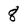
Character: 8